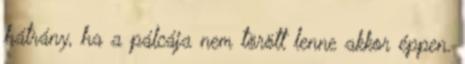
hátrány, ha a pálcája nem törött lenne akkor éppen.